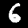
Label: 6